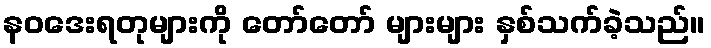
နဝဒေးရတုများကို တော်တော် များများ နှစ်သက်ခဲ့သည်။